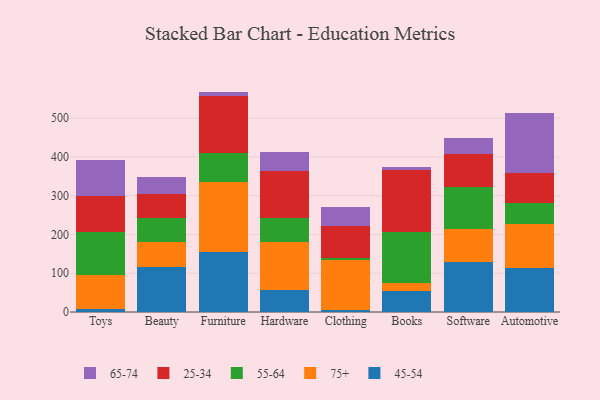
{"axis": {"x": "Category", "y": "Market Share (%)"}, "legend": ["25-34", "45-54", "55-64", "65-74", "75+"], "data": [{"x": "Toys", "y": 9.0, "type": "45-54"}, {"x": "Toys", "y": 85.3, "type": "75+"}, {"x": "Toys", "y": 111.5, "type": "55-64"}, {"x": "Toys", "y": 92.9, "type": "25-34"}, {"x": "Toys", "y": 93.0, "type": "65-74"}, {"x": "Beauty", "y": 117.2, "type": "45-54"}, {"x": "Beauty", "y": 62.8, "type": "75+"}, {"x": "Beauty", "y": 62.4, "type": "55-64"}, {"x": "Beauty", "y": 61.3, "type": "25-34"}, {"x": "Beauty", "y": 44.8, "type": "65-74"}, {"x": "Furniture", "y": 155.4, "type": "45-54"}, {"x": "Furniture", "y": 178.8, "type": "75+"}, {"x": "Furniture", "y": 76.6, "type": "55-64"}, {"x": "Furniture", "y": 147.5, "type": "25-34"}, {"x": "Furniture", "y": 10.4, "type": "65-74"}, {"x": "Hardware", "y": 57.9, "type": "45-54"}, {"x": "Hardware", "y": 122.0, "type": "75+"}, {"x": "Hardware", "y": 62.5, "type": "55-64"}, {"x": "Hardware", "y": 122.1, "type": "25-34"}, {"x": "Hardware", "y": 49.6, "type": "65-74"}, {"x": "Clothing", "y": 5.9, "type": "45-54"}, {"x": "Clothing", "y": 127.0, "type": "75+"}, {"x": "Clothing", "y": 6.8, "type": "55-64"}, {"x": "Clothing", "y": 81.4, "type": "25-34"}, {"x": "Clothing", "y": 50.5, "type": "65-74"}, {"x": "Books", "y": 54.0, "type": "45-54"}, {"x": "Books", "y": 20.0, "type": "75+"}, {"x": "Books", "y": 133.3, "type": "55-64"}, {"x": "Books", "y": 160.1, "type": "25-34"}, {"x": "Books", "y": 6.5, "type": "65-74"}, {"x": "Software", "y": 127.9, "type": "45-54"}, {"x": "Software", "y": 85.6, "type": "75+"}, {"x": "Software", "y": 109.9, "type": "55-64"}, {"x": "Software", "y": 84.0, "type": "25-34"}, {"x": "Software", "y": 42.3, "type": "65-74"}, {"x": "Automotive", "y": 112.7, "type": "45-54"}, {"x": "Automotive", "y": 113.7, "type": "75+"}, {"x": "Automotive", "y": 53.7, "type": "55-64"}, {"x": "Automotive", "y": 77.8, "type": "25-34"}, {"x": "Automotive", "y": 154.8, "type": "65-74"}]}